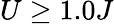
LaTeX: U\geq 1.0J